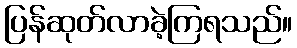
ပြန်ဆုတ်လာခဲ့ကြရသည်။